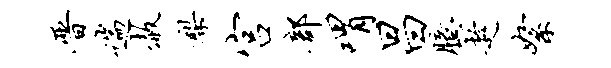
晋遄赦梨宫部喟昌臆趁絮